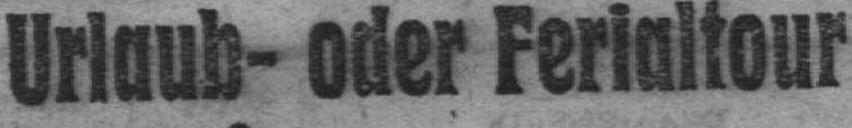
Urlaub- oder Ferialtour